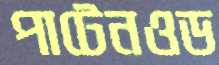
পাটেনওড